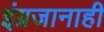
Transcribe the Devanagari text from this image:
इंग्रजानाही